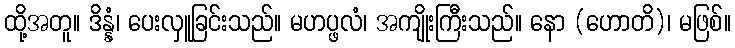
ထို့အတူ။ ဒိန္နံ၊ ပေးလှူခြင်းသည်။ မဟပ္ဖလံ၊ အကျိုးကြီးသည်။ နော (ဟောတိ)၊ မဖြစ်။